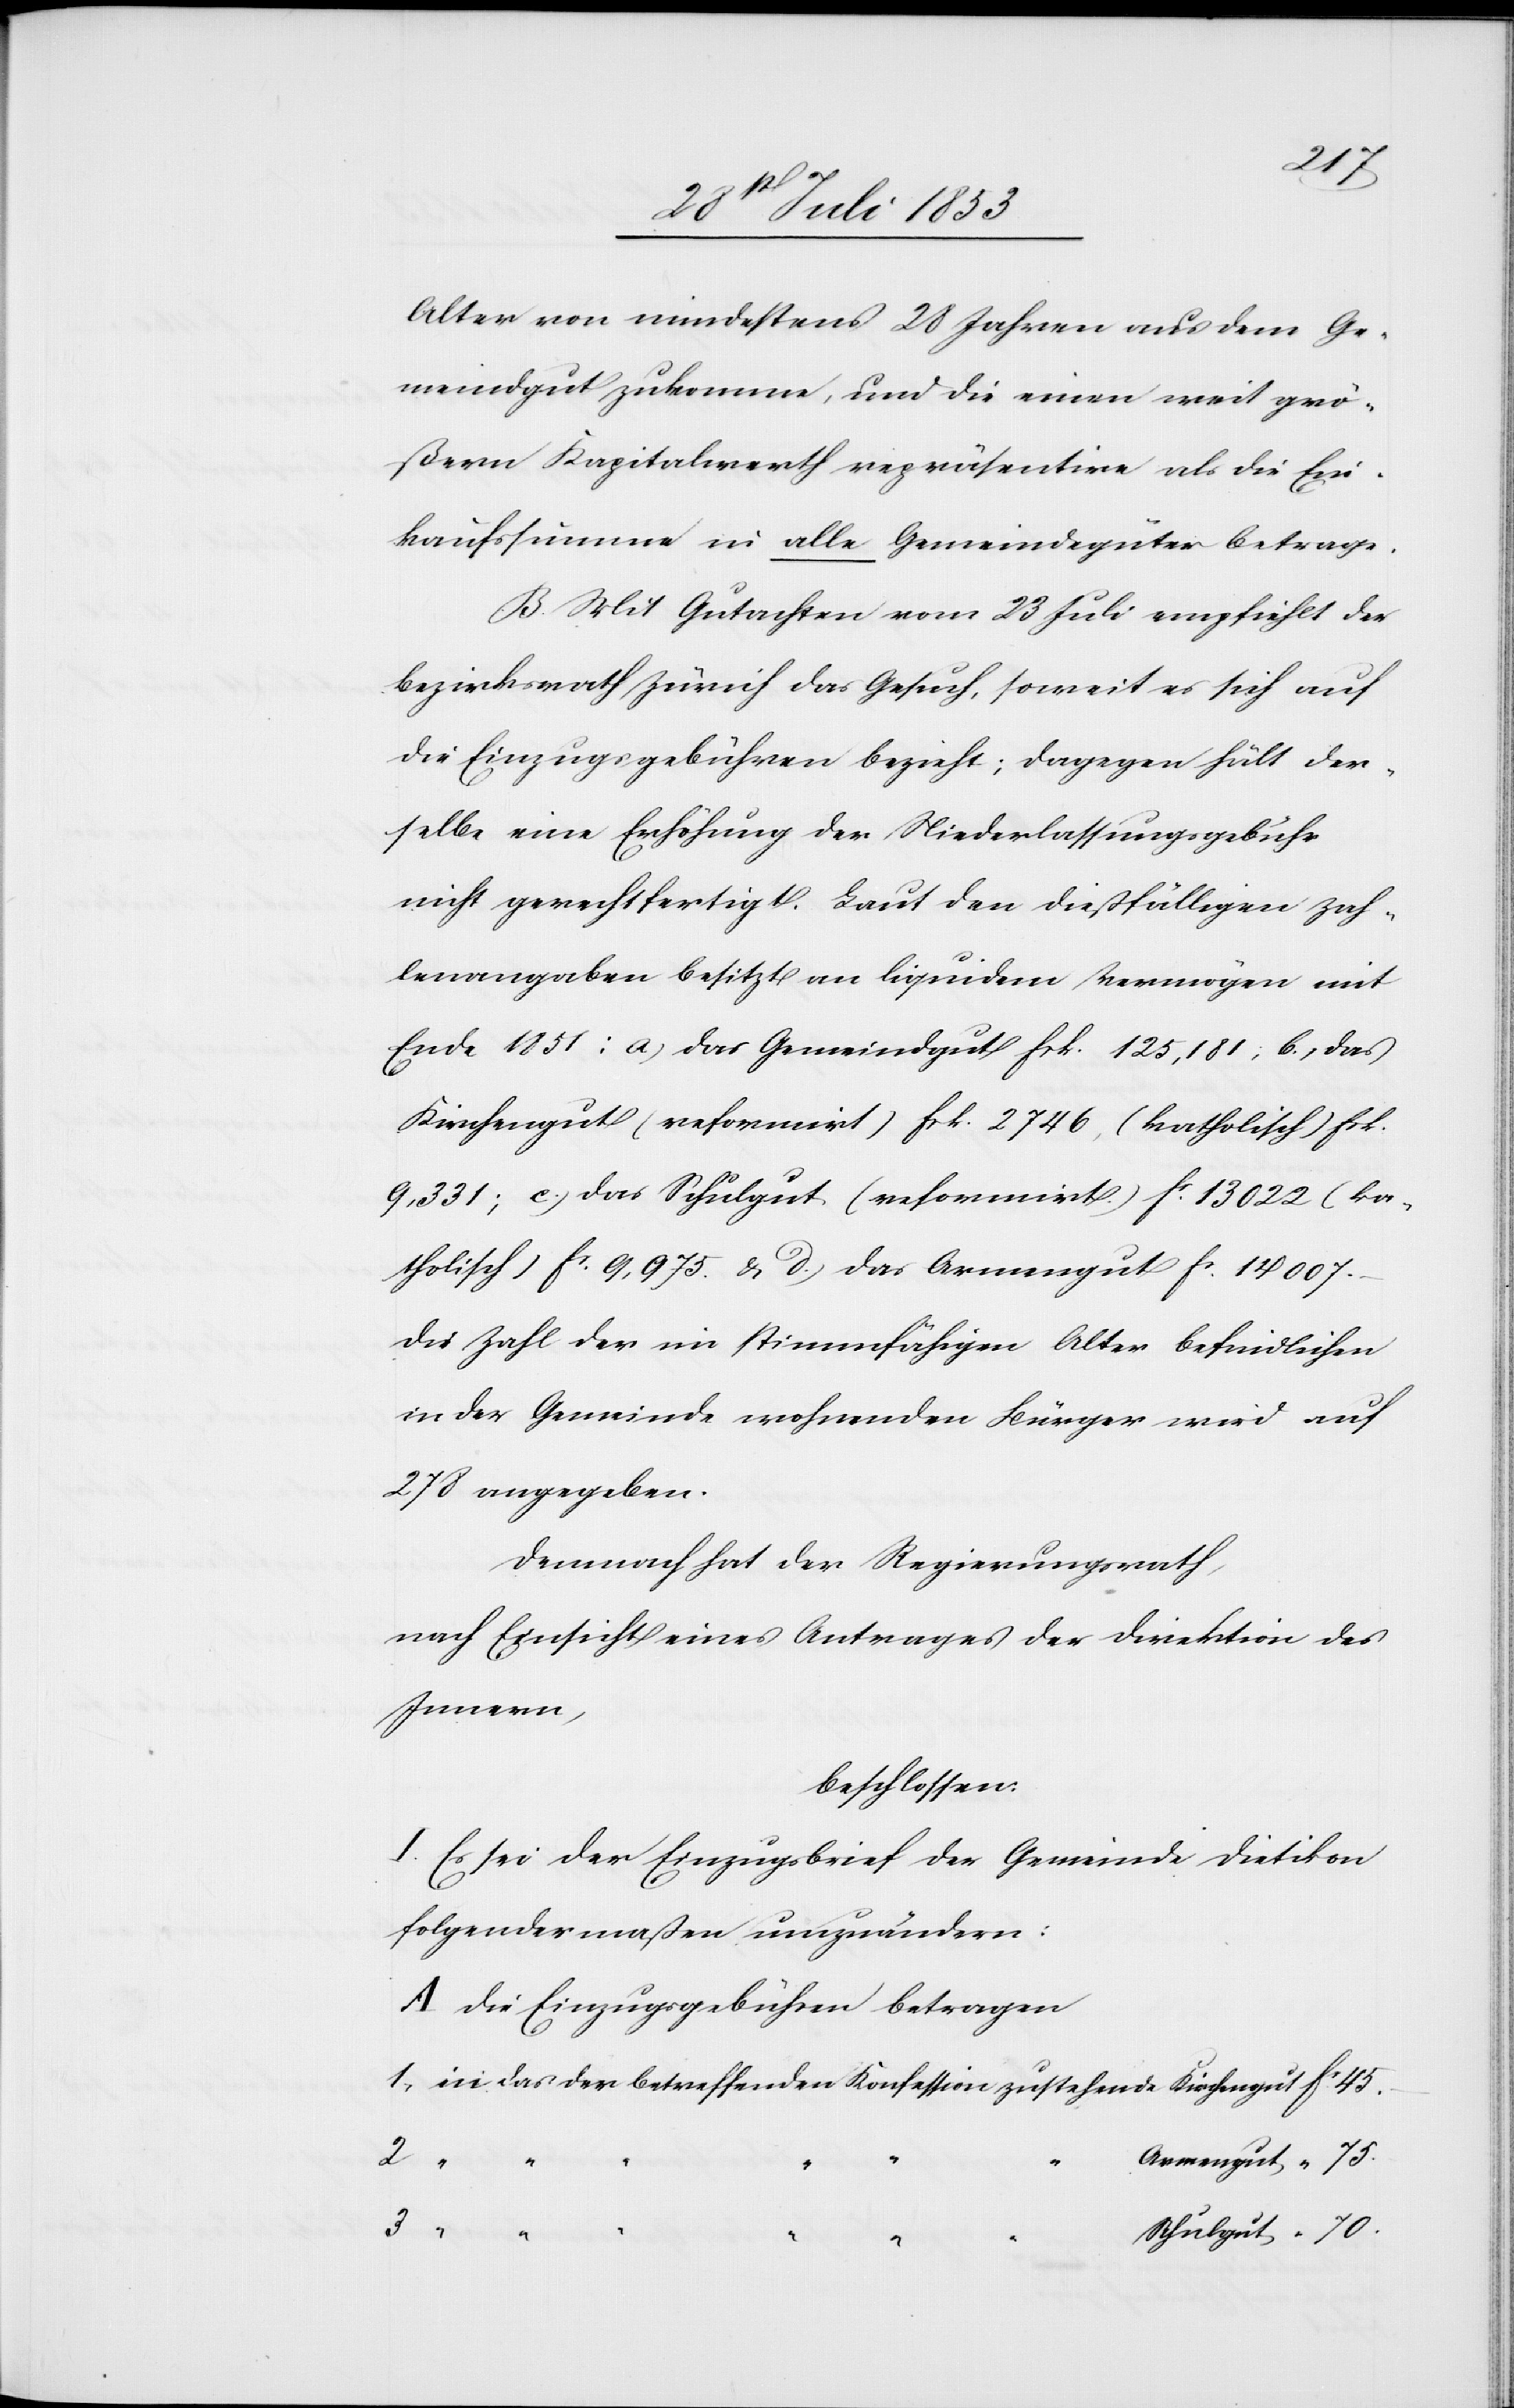
Alter von mindestens 20 Jahren aus dem Ge¬
meindgut zukomme, und die einen weit grö¬
ßern Kapitalwerth repräsentire als die Ein¬
kaufssumme in alle Gemeindgüter betrage.
B. Mit Gutachten vom 23 Juli empfiehlt der
Bezirksrath Zürich das Gesuch, soweit es sich auf
die Einzugsgebühren bezieht; dagegen hält der¬
selbe eine Erhöhung der Niederlassungsgebühr
nicht gerechtfertigt. Laut den dießfälligen Zah¬
lenangaben besitzt an liquidem Vermögen mit
Ende 1851: a) das Gemeindgut frk. 125,181, b, das
Kirchengut (reformirt) frk. 2746, (katholisch) frk.
9,331; c) das Schulgut (reformirt) fc 13 022 (ka¬
tholisch) fc 9,975. u. d., das Armengut fc 14 007.
Die Zahl der im stimmfähigen Alter befindlichen
in der Gemeinde wohnenden Bürger wird auf
278 angegeben.
Demnach hat der Regierungsrath,
nach Einsicht eines Antrages der Direktion des
Innern,
beschlossen:
I. Es sei der Einzugsbrief der Gemeinde Dietikon
folgendermaßen umzuändern:
A. Die Einzugsgebühren betragen
1. in das der betreffenden Konfession zustehende Kirchengut	fc 45.
Armengut	“ 75.
Schulgut	“ 70.